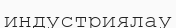
индустриялау